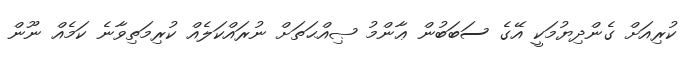
ކުރިއަށް ގެންދިޔުމަކީ އޭގެ ސަބަބުން ޢާންމު ޞިއްޙަތަށް ނުރައްކަލެއް ކުރިމަތިވާނެ ކަމެއް ނޫން